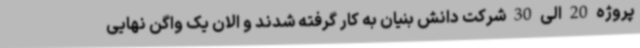
پروژه 20 الی 30 شرکت دانش بنیان به کار گرفته شدند و الان یک واگن نهایی